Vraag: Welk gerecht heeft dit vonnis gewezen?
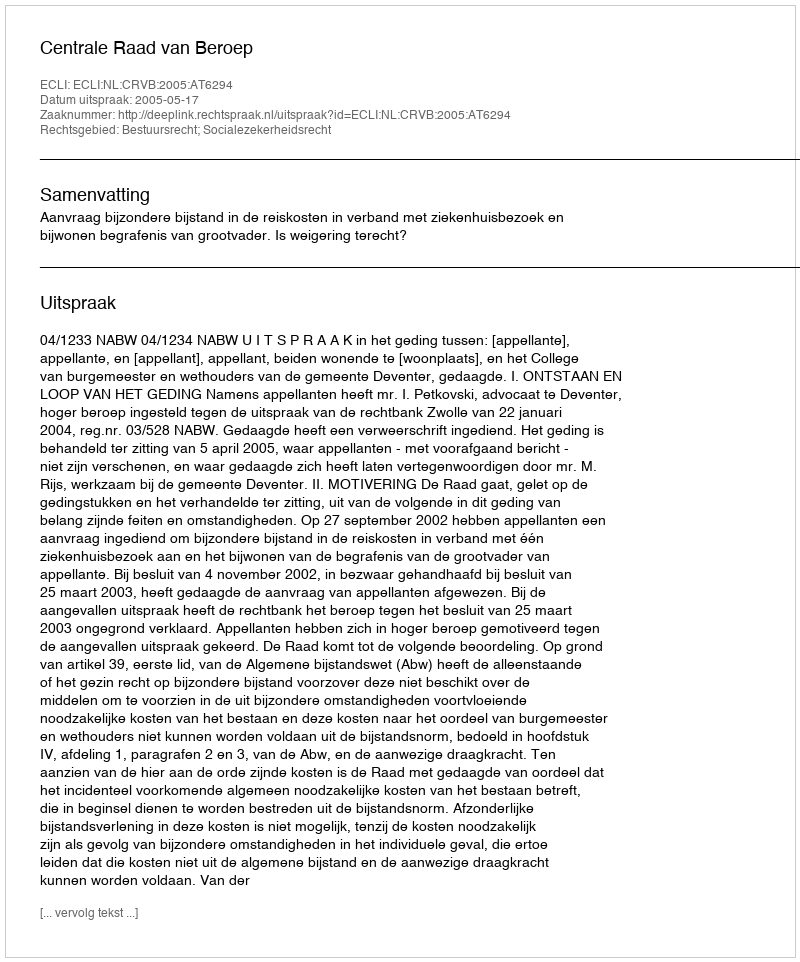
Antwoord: Centrale Raad van Beroep